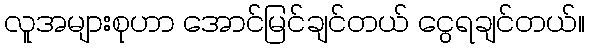
လူအများစုဟာ အောင်မြင်ချင်တယ် ငွေရချင်တယ်။